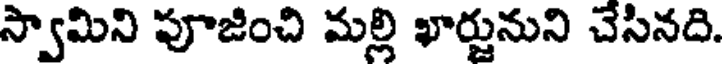
స్వామిని పూజించి మల్లి ఖార్జునుని చేసినది.